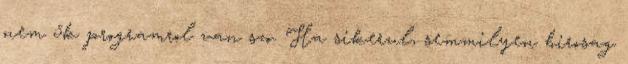
nem 5k programrol van szo. Ha sikerul, semmilyen birosag